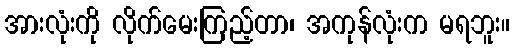
အားလုံးကို လိုက်မေးကြည့်တာ၊ အကုန်လုံးက မရဘူး။